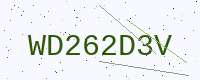
Text: WD262D3V